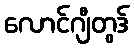
လောင်ဂျီတွဒ်